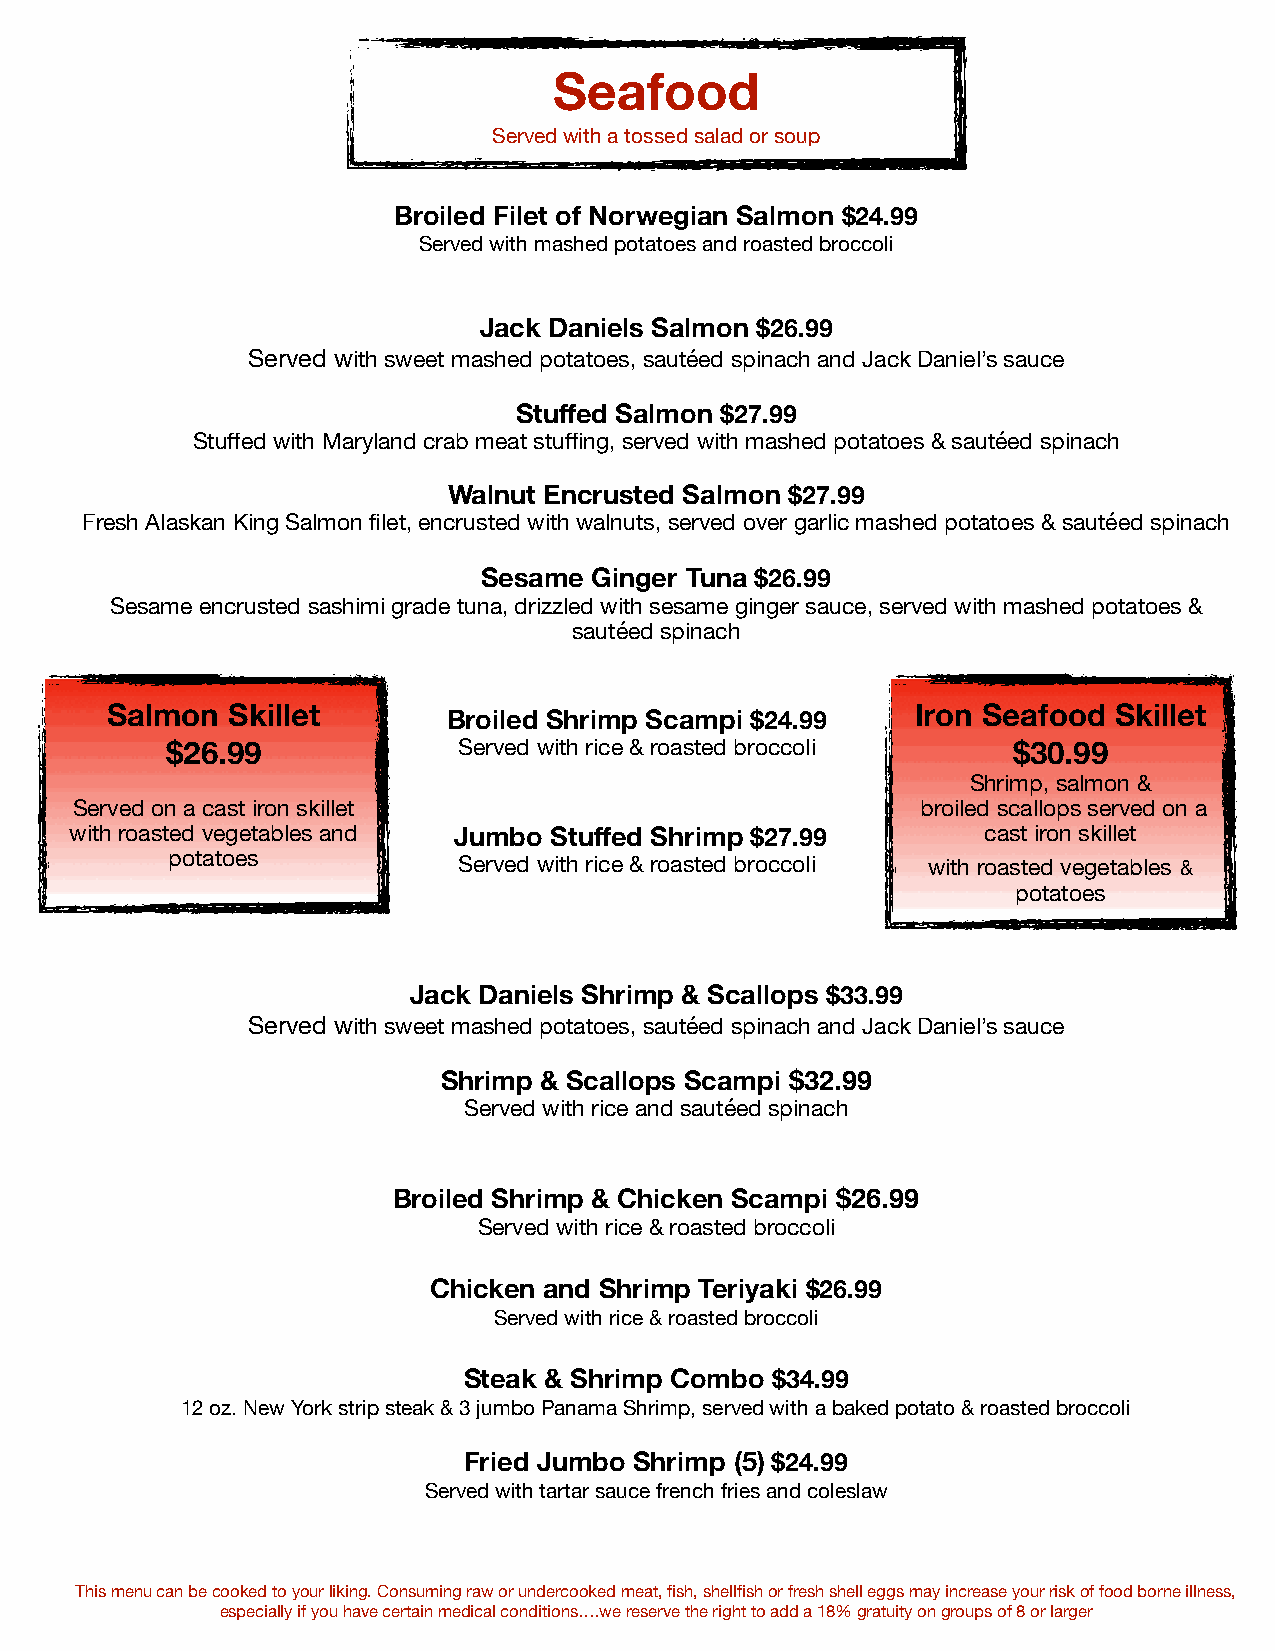
Seafood
 Served with a tossed salad or soup
 Broiled Filet of Norwegian Salmon $24.99
 Served with mashed potatoes and roasted broccoli
 Jack Daniels Salmon $26.99
 Served with sweet mashed potatoes, sautéed spinach and Jack Daniel’s sauce
 Stuffed Salmon $27.99
 Stuffed with Maryland crab meat stuffing, served with mashed potatoes & sautéed spinach
 Walnut Encrusted Salmon $27.99
 Fresh Alaskan King Salmon filet, encrusted with walnuts, served over garlic mashed potatoes & sautéed spinach
 Sesame Ginger Tuna $26.99
 Sesame encrusted sashimi grade tuna, drizzled with sesame ginger sauce, served with mashed potatoes &
 sautéed spinach
 Salmon  Skillet        Broiled Shrimp Scampi $24.99   Iron Seafood Skillet
 $26.99             Served with rice & roasted broccoli  $30.99
 Shrimp, salmon &
 Served on a cast iron skillet                           broiled scallops served on a
 with roasted vegetables and Jumbo Stuffed Shrimp $27.99     cast iron skillet
 potatoes           Served with rice & roasted broccoli with roasted vegetables &
 potatoes
 Jack Daniels Shrimp & Scallops $33.99
 Served with sweet mashed potatoes, sautéed spinach and Jack Daniel’s sauce
 Shrimp & Scallops Scampi $32.99
 Served with rice and sautéed spinach
 Broiled Shrimp & Chicken Scampi $26.99
 Served with rice & roasted broccoli
 Chicken and Shrimp Teriyaki $26.99
 Served with rice & roasted broccoli
 Steak & Shrimp Combo $34.99
 12 oz. New York strip steak & 3 jumbo Panama Shrimp, served with a baked potato & roasted broccoli
 Fried Jumbo Shrimp (5) $24.99
 Served with tartar sauce french fries and coleslaw
 This menu can be cooked to your liking. Consuming raw or undercooked meat, fish, shellfish or fresh shell eggs may increase your risk of food borne illness,
 especially if you have certain medical conditions….we reserve the right to add a 18% gratuity on groups of 8 or larger